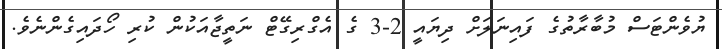
ޔުވެންޓަސް މުބާރާތުގެ ފައިނަލަށް ދިޔައީ 2-3 ގެ އެގްރިގޭޓް ނަތީޖާއަކުން ކުރި ހޯދައިގެންނެވެ.